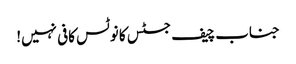
جناب چیف جسٹس کا نوٹس کافی نہیں!